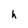
Character: h